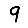
Digit: 9